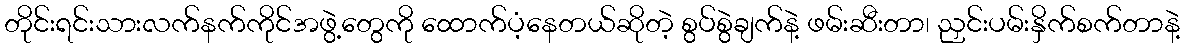
တိုင်းရင်းသားလက်နက်ကိုင်အဖွဲ့တွေကို ထောက်ပံ့နေတယ်ဆိုတဲ့ စွပ်စွဲချက်နဲ့ ဖမ်းဆီးတာ၊ ညှင်းပမ်းနှိက်စက်တာနဲ့